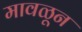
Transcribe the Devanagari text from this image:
मावळून